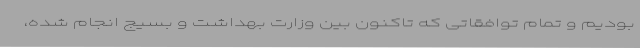
بودیم و تمام توافقاتی که تاکنون بین وزارت بهداشت و بسیج انجام شده،